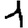
Digit: 1